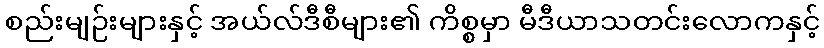
စည်းမျဉ်းများနှင့် အယ်လ်ဒီစီများ၏ ကိစ္စမှာ မီဒီယာသတင်းလောကနှင့်